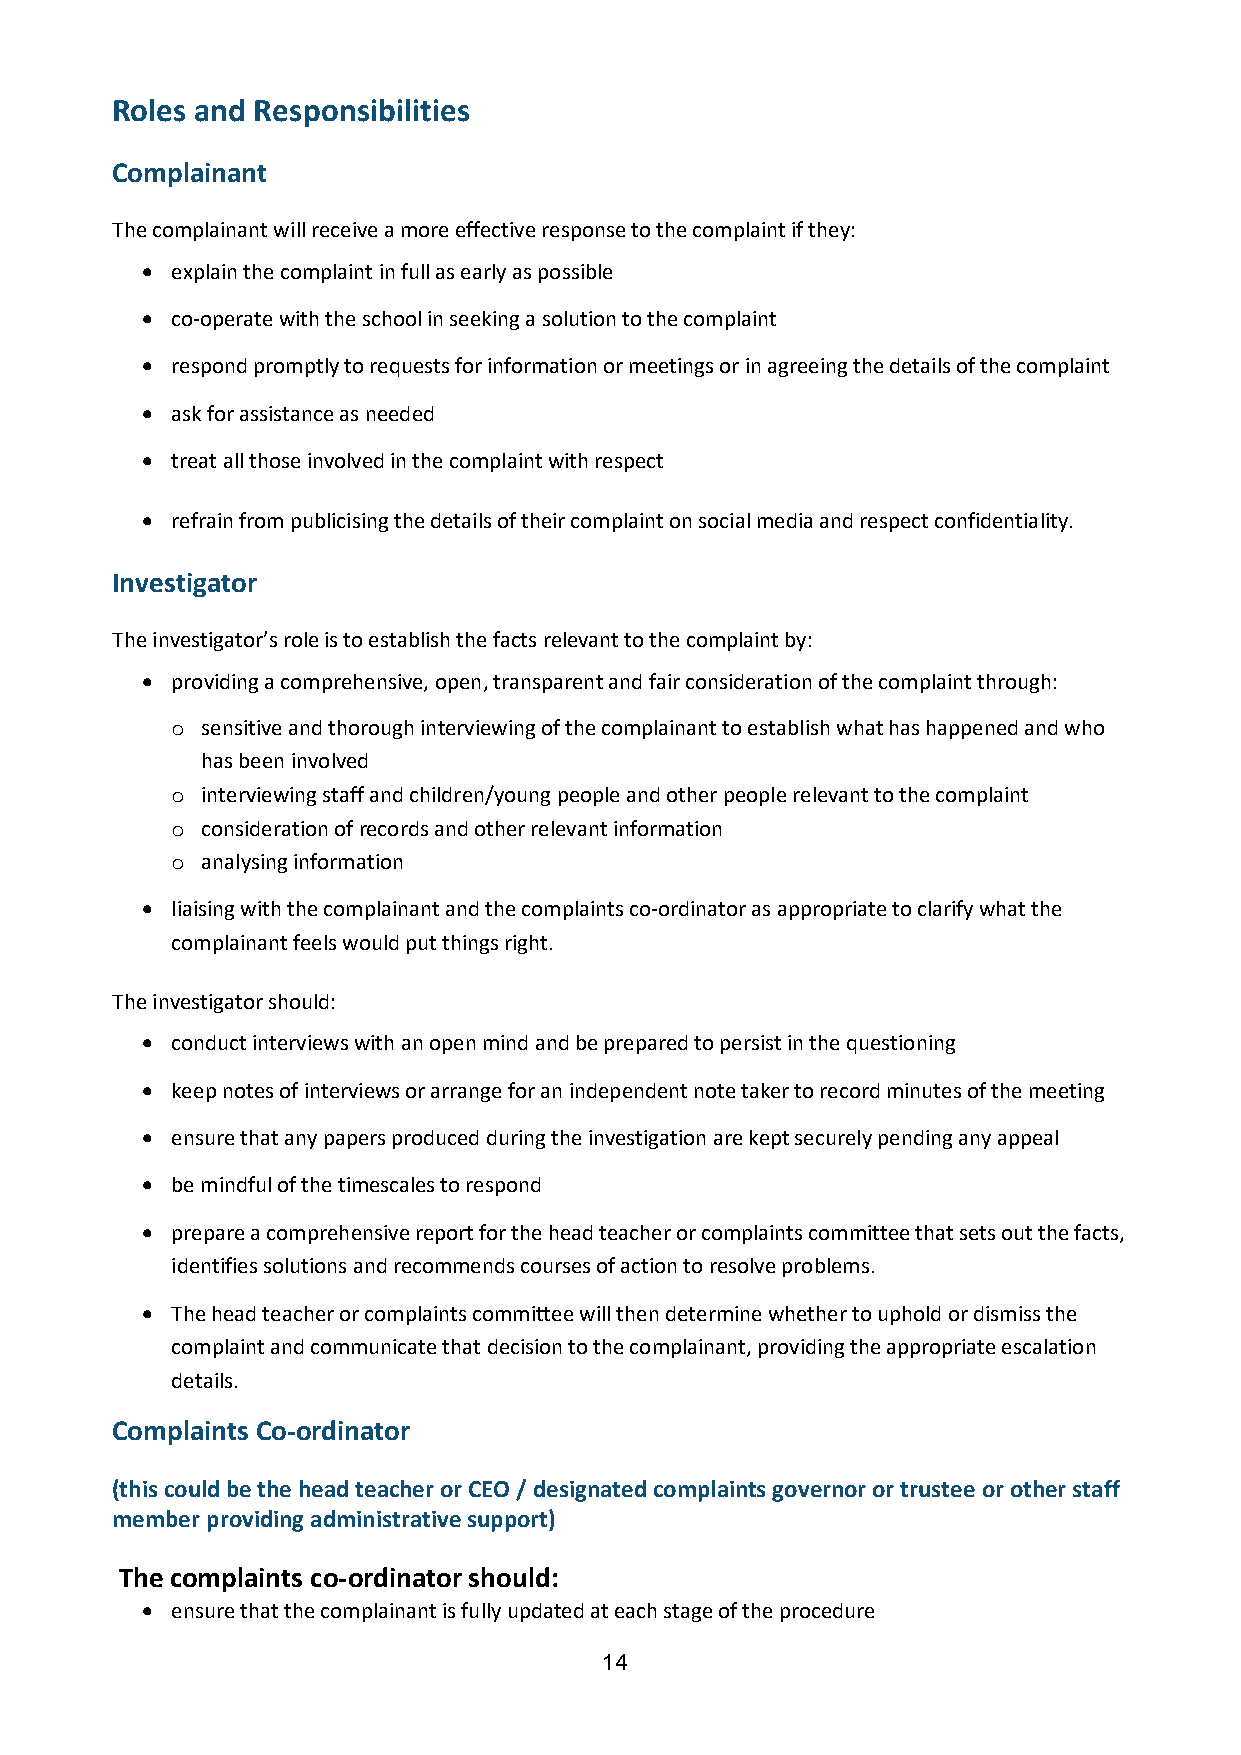
Roles and Responsibilities
 Complainant
 The complainant will receive a more effective response to the complaint if they:
 • explain the complaint in full as early as possible
 • co-operate with the school in seeking a solution to the complaint
 • respond promptly to requests for information or meetings or in agreeing the details of the complaint
 • ask for assistance as needed
 • treat all those involved in the complaint with respect
 • refrain from publicising the details of their complaint on social media and respect confidentiality.
 Investigator
 The investigator’s role is to establish the facts relevant to the complaint by:
 • providing a comprehensive, open, transparent and fair consideration of the complaint through:
 o sensitive and thorough interviewing of the complainant to establish what has happened and who
 has been involved
 o interviewing staff and children/young people and other people relevant to the complaint
 o consideration of records and other relevant information
 o analysing information
 • liaising with the complainant and the complaints co-ordinator as appropriate to clarify what the
 complainant feels would put things right.
 The investigator should:
 • conduct interviews with an open mind and be prepared to persist in the questioning
 • keep notes of interviews or arrange for an independent note taker to record minutes of the meeting
 • ensure that any papers produced during the investigation are kept securely pending any appeal
 • be mindful of the timescales to respond
 • prepare a comprehensive report for the head teacher or complaints committee that sets out the facts,
 identifies solutions and recommends courses of action to resolve problems.
 • The head teacher or complaints committee will then determine whether to uphold or dismiss the
 complaint and communicate that decision to the complainant, providing the appropriate escalation
 details.
 Complaints Co-ordinator
 (this could be the head teacher or CEO / designated complaints governor or trustee or other staff
 member providing administrative support)
 The complaints co-ordinator should:
 • ensure that the complainant is fully updated at each stage of the procedure
 14